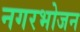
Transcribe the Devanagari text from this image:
नगरभोजन